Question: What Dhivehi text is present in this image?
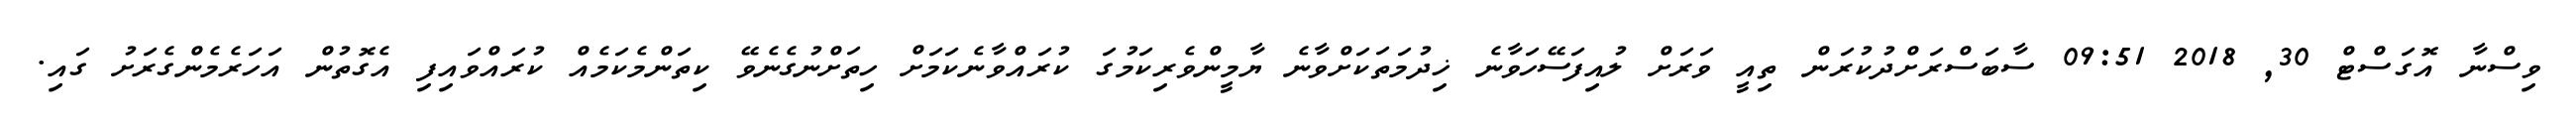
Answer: ވިސްނާ އޮގަސްޓް 30, 2018 09:51 ސާބަސްރަށްދުކުރަން ތިއީ ވަރަށް ލުއިފަސޭހަވާނެ ޚިދުމަތަކަށްވާނެ ޔާމީންވެރިކަމުގަ ކުރައްވާނެކަމަށް ހިތަށްނުގެނެވޭ ކިތަންމެކަމެއް ކުރައްވައިފި އެގޮތުން އަހަރެމެންގެރަށު ގައި.